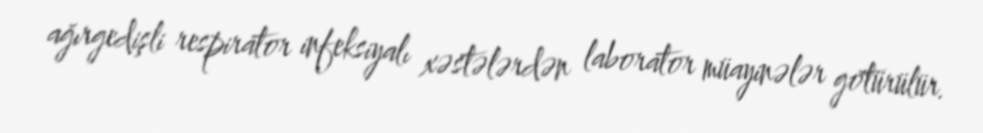
ağırgedişli respirator infeksiyalı xəstələrdən laborator müayinələr götürülür.